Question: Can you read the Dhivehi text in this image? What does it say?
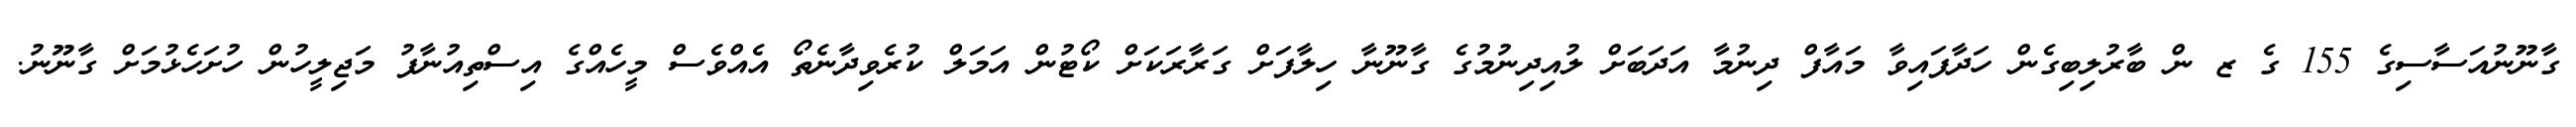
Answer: ގާނޫނުއަސާސިގެ 155 ގެ ޒ ން ބާރުލިބިގެން ހަދާފައިވާ މައާފް ދިނުމާ އަދަބަށް ލުއިދިނުމުގެ ގާނޫނާ ހިލާފަށް ގަރާރަކަށް ކޯޓުން އަމަލް ކުރެވިދާނެތޯ އެއްވެސް މީހެއްގެ އިސްތިއުނާފު މަޖިލީހުން ހުށަހެޅުމަށް ގާނޫނު.